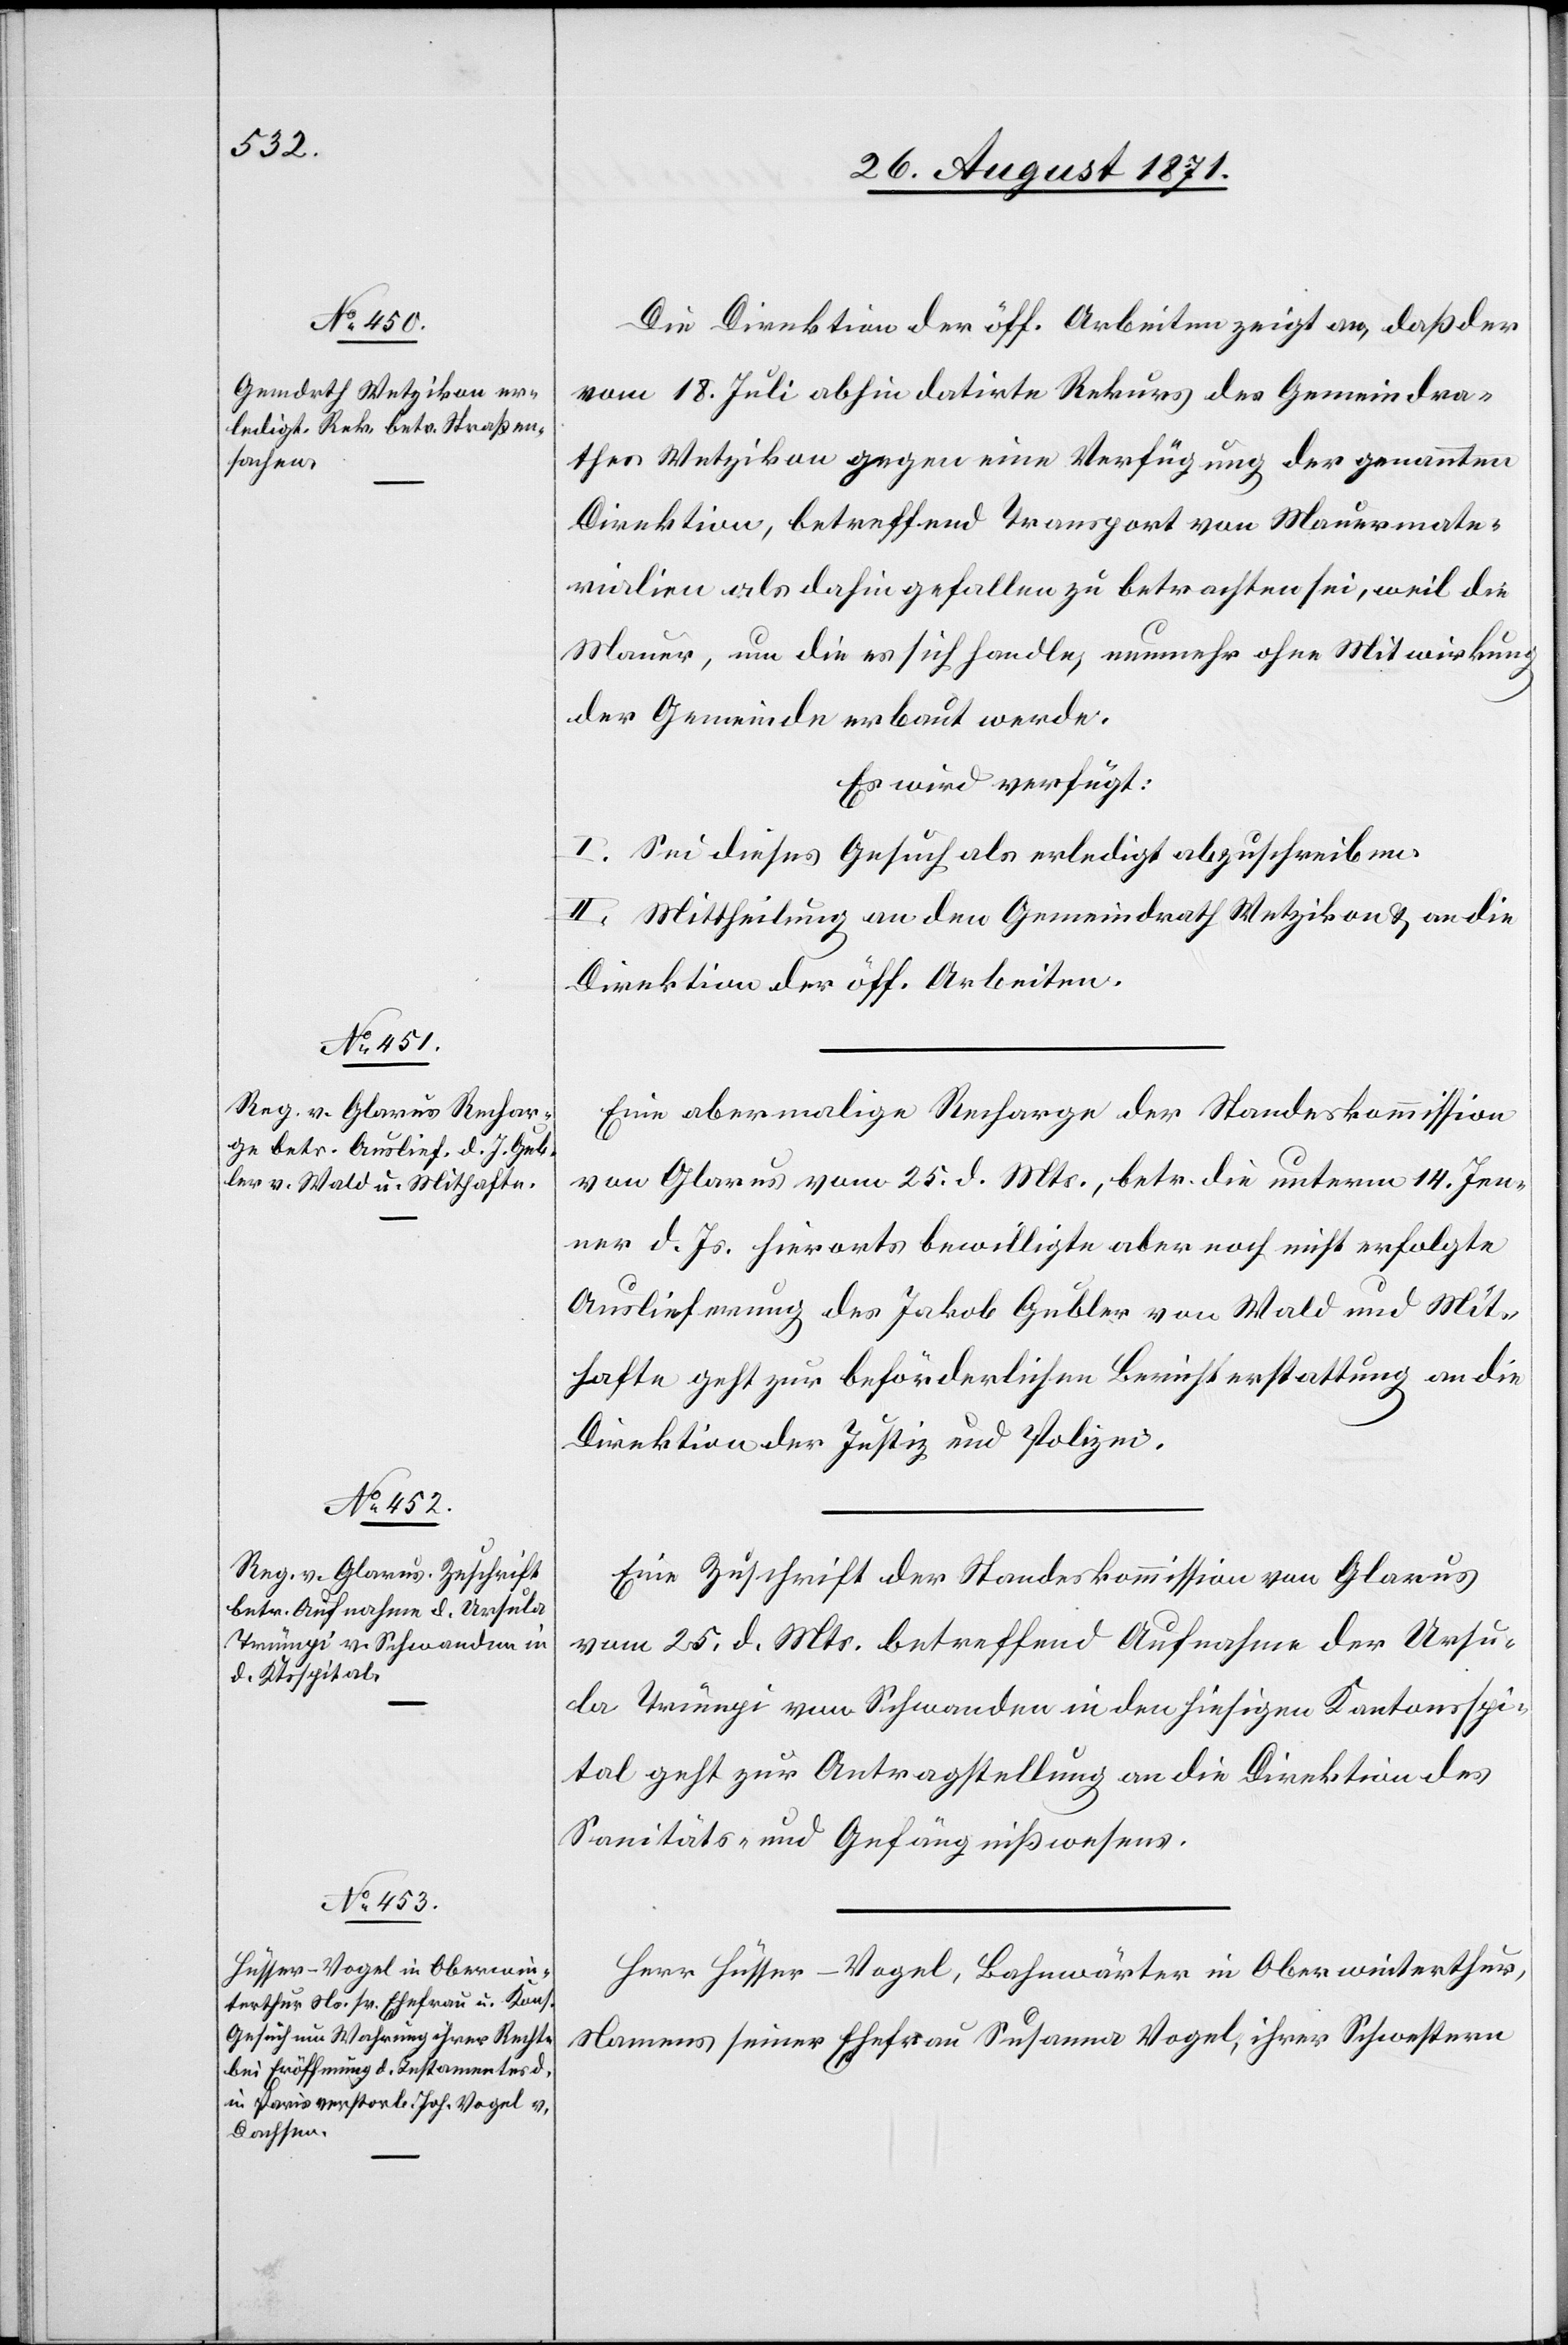
26. August 1871]
Die Direktion der öff. Arbeiten zeigt an, daß der
vom 18. Juli abhin datirte Rekurs des Gemeindra¬
thes Wetzikon gegen eine Verfügung der genannten
Direktion, betreffend Transport von Mauermate¬
rialien als dahin gefallen zu betrachten sei, weil die
Mauer, um die es sich handle, nunmehr ohne Mitwirkung
der Gemeinde erbaut werde.
Es wird verfügt:
I. Sei dieses Gesuch als erledigt abzuschreiben.
II. Mittheilung an den Gemeindrath Wetzikon & an die
Direktion der öff. Arbeiten.
Eine abermalige Recharge der Standeskommission
von Glarus vom 25. d. Mts., betr. die unterm 14. Jen¬
ner d. Js. hierorts bewilligte aber noch nicht erfolgte
Auslieferung des Jakob Gubler von Wald und Mit¬
hafte geht zur beförderlichen Berichterstattung an die
Direktion der Justiz und Polizei.
Eine Zuschrift der Standeskommission von Glarus
vom 25. d. Mts. betreffend Aufnahme der Ursu¬
la Trümpi von Schwanden in den hiesigen Kantonsspi¬
tal geht zur Antragstellung an die Direktion des
Santitäs- und Gefängnißwesens.
Herr Hüsser-Nagel, Bahnwärter in Oberwinterthur,
Namens seiner Ehefrau Susanna Nagel, ihrer Schwestern